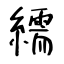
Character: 繻